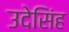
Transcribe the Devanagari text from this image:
उदेसिंह